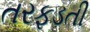
તરફડતી